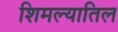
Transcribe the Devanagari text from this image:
शिमल्यातिल